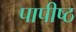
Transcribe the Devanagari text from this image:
पापीष्ठ